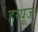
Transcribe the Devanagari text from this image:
हय्यूज